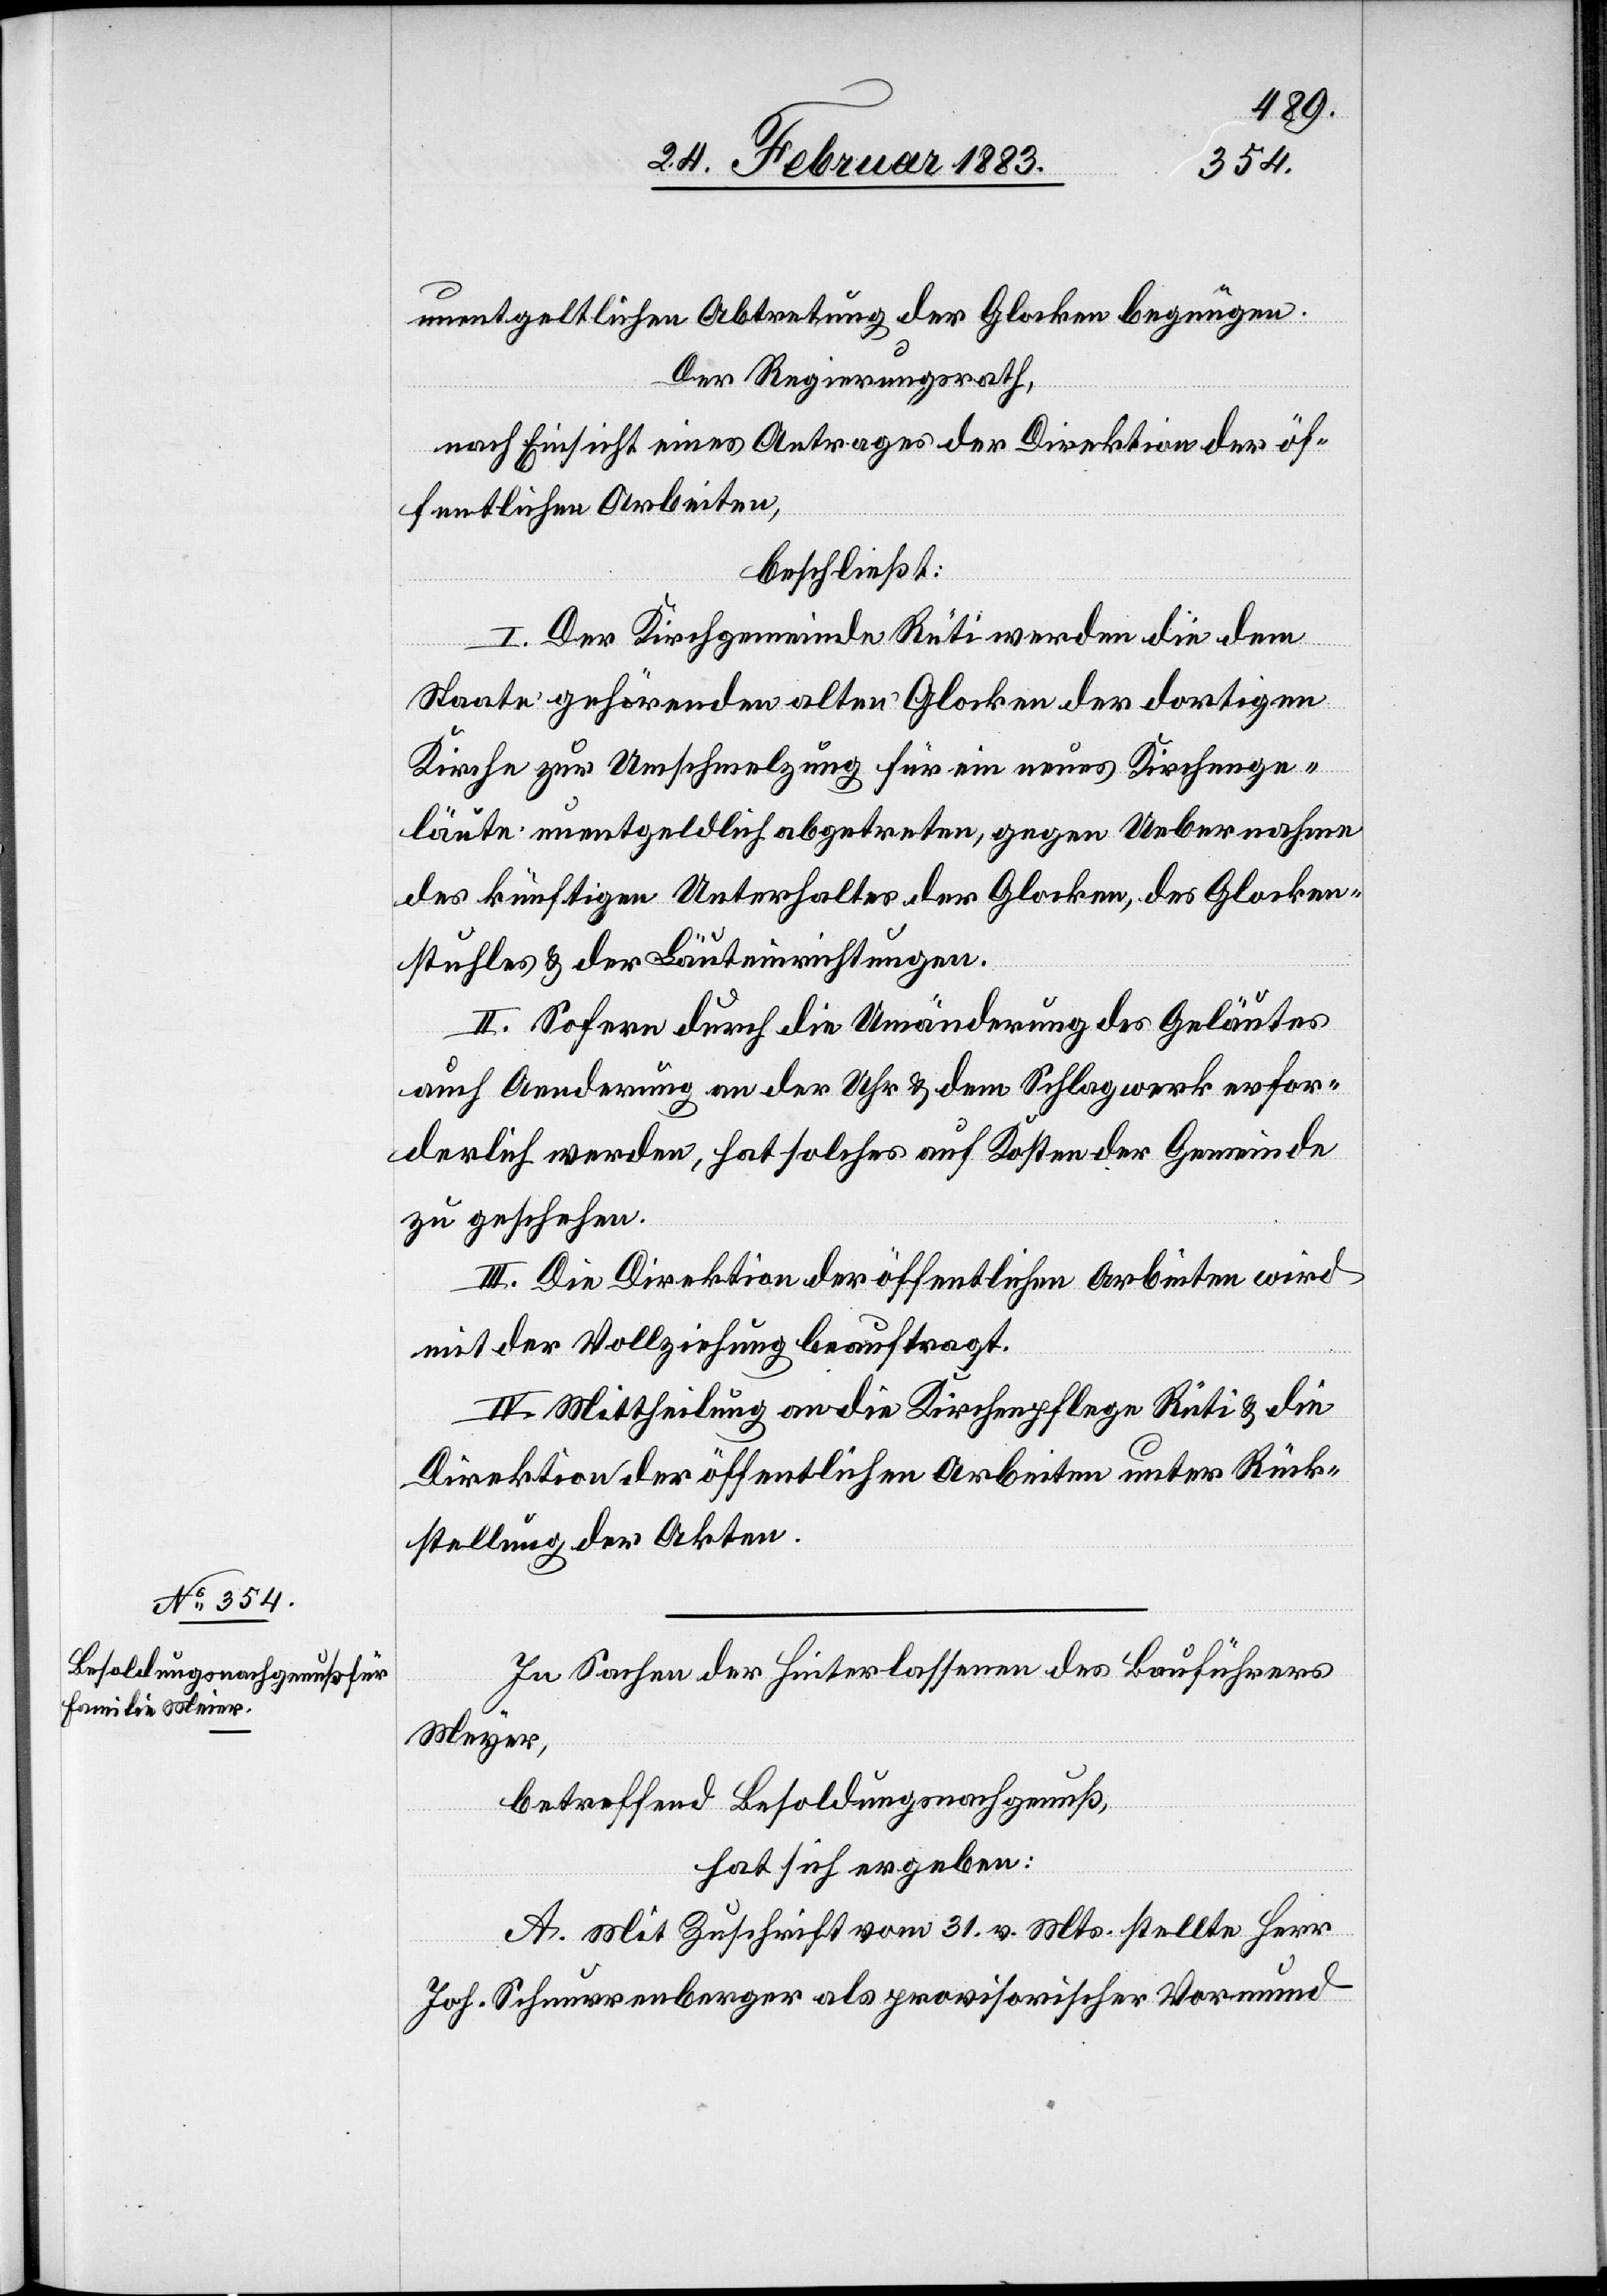
unentgeltlichen Abtretung der Glocken begnügen.
Der Regierungsrath,
nach Einsicht eines Antrages der Direktion der öf¬
fentlichen Arbeiten,
beschließt:
I. Der Kirchgemeinde Rüti werden die dem
Staate gehörenden alten Glocken der dortigen
Kirche zur Umschmelzung für ein neues Kirchenge¬
läute unentgeldlich abgetreten, gegen Uebernahme
des künftigen Unterhaltes der Glocken, des Glocken¬
stuhles & der Läuteinrichtungen.
II. Sofern durch die Umänderung des Geläutes
auch Aenderung[en] an der Uhr & dem Schlagwerk erfor¬
derlich werden, hat solches auf Kosten der Gemeinde
zu geschehen.
III. Die Direktion der öffentlichen Arbeiten wird
mit der Vollziehung beauftragt.
IV. Mittheilung an die Kirchenpflege Rüti & die
Direktion der öffentlichen Arbeiten unter Rück¬
stellung der Akten.
In Sachen der Hinterlassenen des Bauführers
Meyer
betreffend Besoldungsnachgenuß,
hat sich ergeben:
A. Mit Zuschrift vom 31. v. Mts. stellte Herr
Joh. Schnurrenberger als provisorischer Vormund